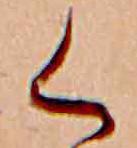
く